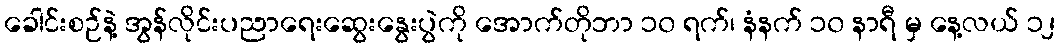
ခေါင်းစဉ်နဲ့ အွန်လိုင်းပညာရေးဆွေးနွေးပွဲကို အောက်တိုဘာ ၁၀ ရက်၊ နံနက် ၁၀ နာရီ မှ နေ့လယ် ၁၂